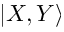
| X , Y \rangle